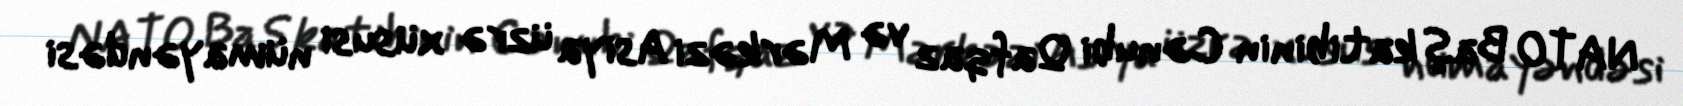
NATO Baş katibinin Cənubi Qafqaz və Mərkəzi Asiya üzrə xüsusi nümayəndəsi